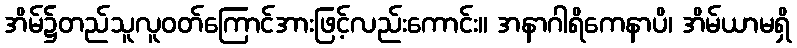
အိမ်၌တည်သူလူဝတ်ကြောင်အားဖြင့်လည်းကောင်း။ အနာဂါရိကေနာပိ၊ အိမ်ယာမရှိ